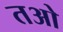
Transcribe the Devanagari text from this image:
तओ